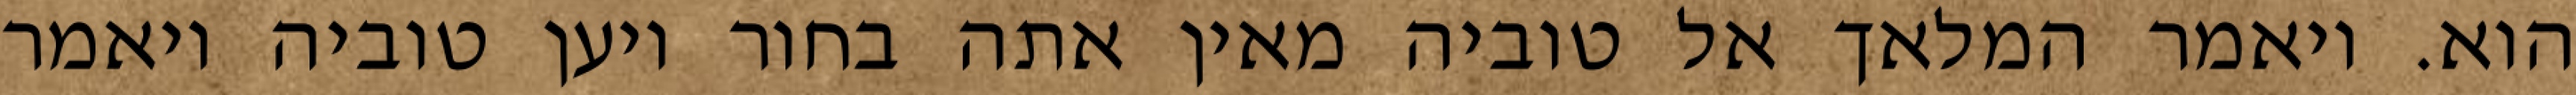
הוא. ויאמר המלאך אל טוביה מאין אתה בחור ויען טוביה ויאמר